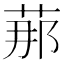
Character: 𦰡